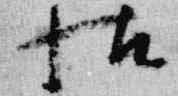
帖